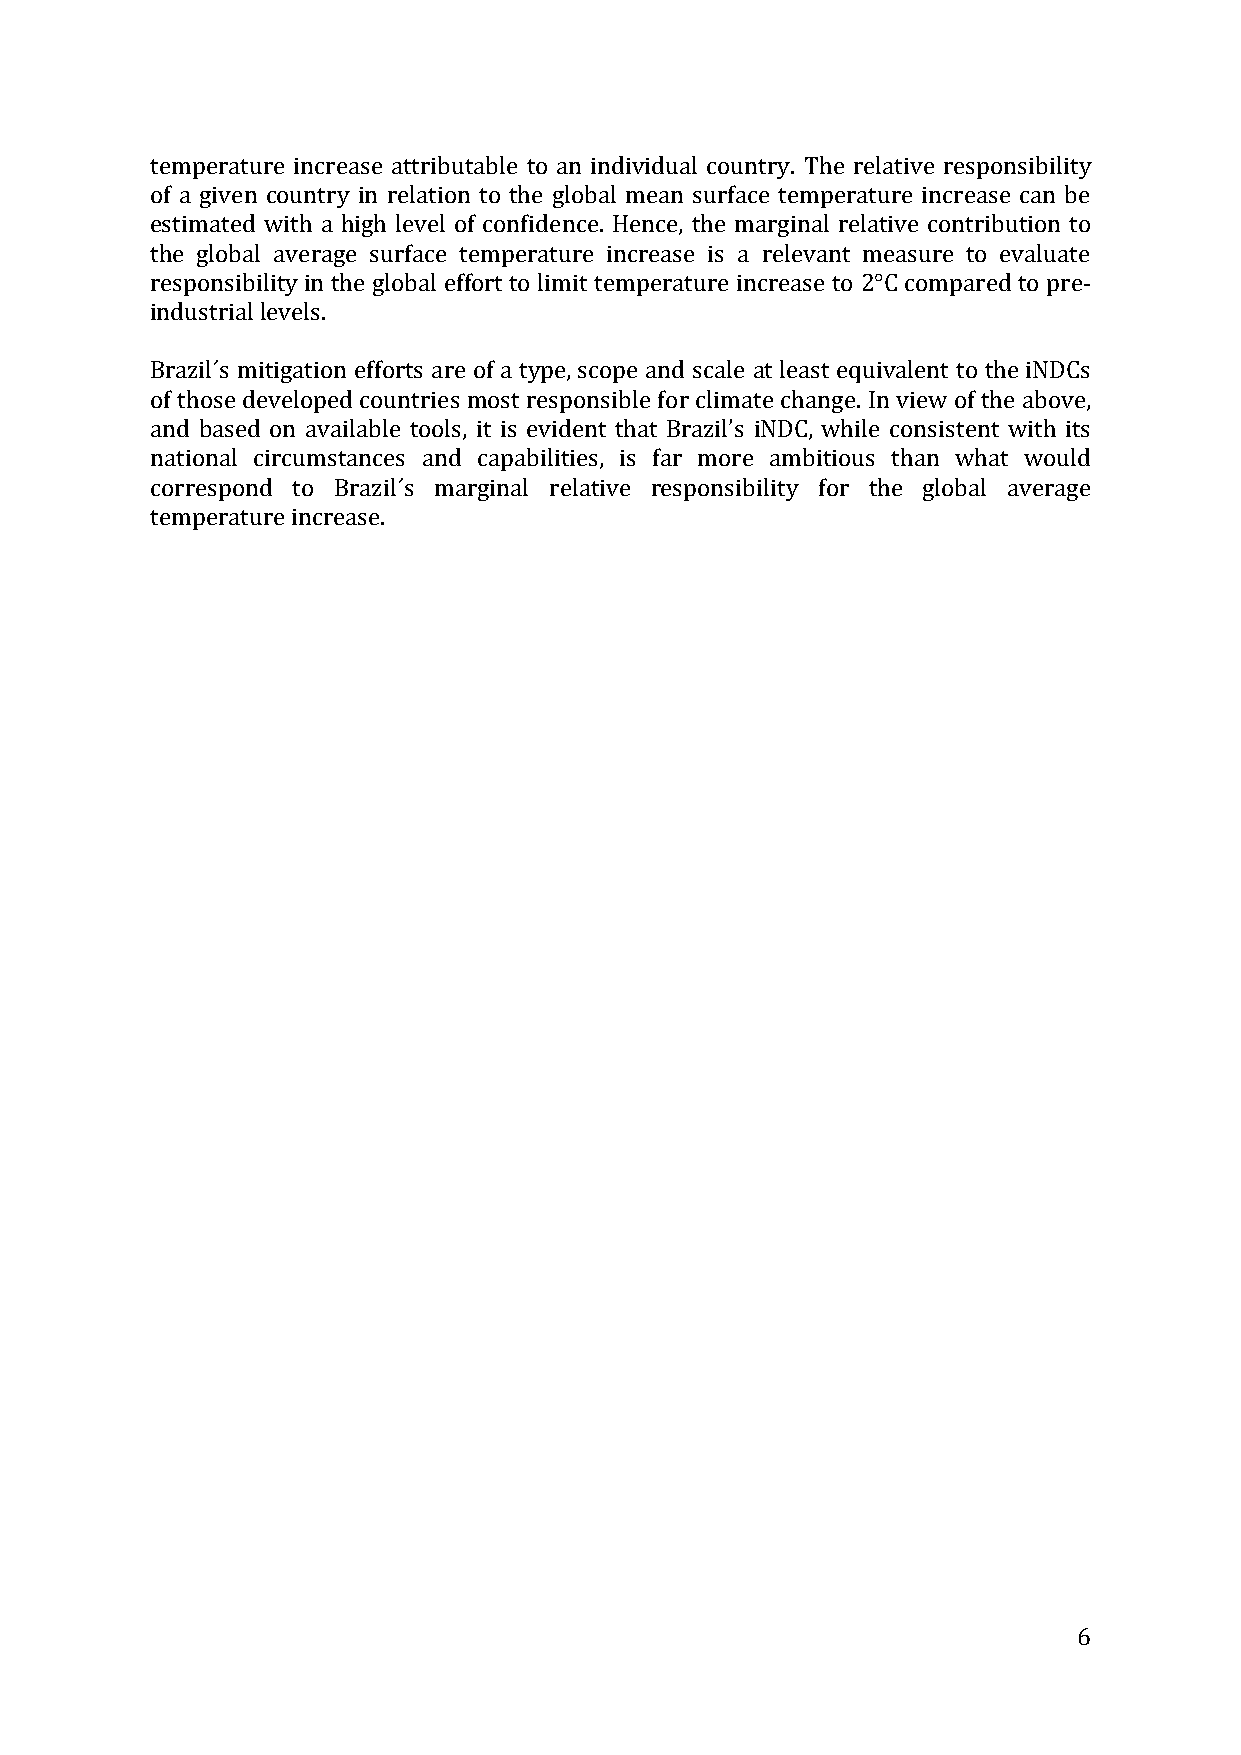
temperature increase attributable to an individual country. The relative responsibility
 of a given country in relation to the global mean surface temperature increase can be
 estimated with a high level of confidence. Hence, the marginal relative contribution to
 the global average surface temperature increase is a relevant measure to evaluate
 responsibility in the global effort to limit temperature increase to 2°C compared to pre-
 industrial levels.
 Brazil´s mitigation efforts are of a type, scope and scale at least equivalent to the iNDCs
 of those developed countries most responsible for climate change. In view of the above,
 and based on available tools, it is evident that Brazil’s iNDC, while consistent with its
 national circumstances and capabilities, is far more ambitious than what would
 correspond to Brazil´s marginal relative responsibility for the global average
 temperature increase.
 6